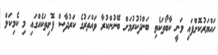
ހައްޔަރުކޮށްފައި ވަނީ ކާބޯތަކެތި ބަންދުކުރުމަށް ބޭނުންކުރާ ވައްތަރުގެ ކަރުދާސް ފޮށިތަކެއްގައި މި ކެމިކަލް